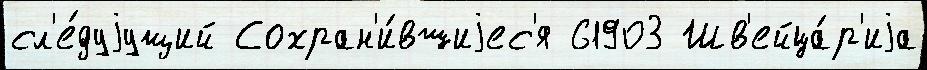
сл'е́дуjущий Сохран'и́вшиjес'я 61903 Шв'ейца́р'иjа